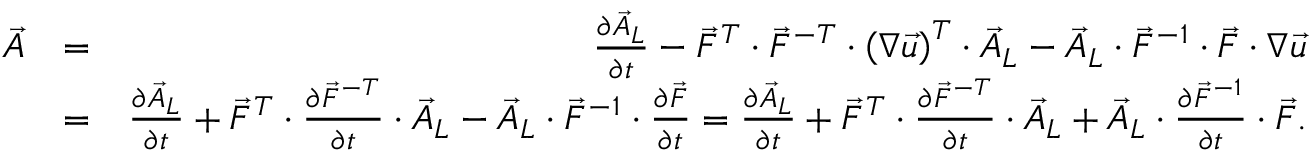
\begin{array} { r l r } { \stackrel { \triangledown } { \vec { A } } } & { = } & { \frac { \partial \vec { A } _ { L } } { \partial t } - \vec { F } ^ { T } \cdot \vec { F } ^ { - T } \cdot \left( \boldsymbol { \nabla } \vec { u } \right) ^ { T } \cdot \vec { A } _ { L } - \vec { A } _ { L } \cdot \vec { F } ^ { - 1 } \cdot \vec { F } \cdot \boldsymbol { \nabla } \vec { u } } \\ & { = } & { \frac { \partial \vec { A } _ { L } } { \partial t } + \vec { F } ^ { T } \cdot \frac { \partial \vec { F } ^ { - T } } { \partial t } \cdot \vec { A } _ { L } - \vec { A } _ { L } \cdot \vec { F } ^ { - 1 } \cdot \frac { \partial \vec { F } } { \partial t } = \frac { \partial \vec { A } _ { L } } { \partial t } + \vec { F } ^ { T } \cdot \frac { \partial \vec { F } ^ { - T } } { \partial t } \cdot \vec { A } _ { L } + \vec { A } _ { L } \cdot \frac { \partial \vec { F } ^ { - 1 } } { \partial t } \cdot \vec { F } . } \end{array}